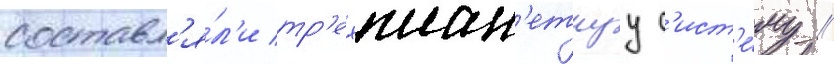
составл'я́л'и тр'ехплан'етнуу с'ист'е́му /